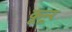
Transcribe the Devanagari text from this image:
कून्‍ूर